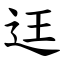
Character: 迋